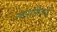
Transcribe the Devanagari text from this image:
रचनाशिल्पी